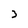
Character: 3